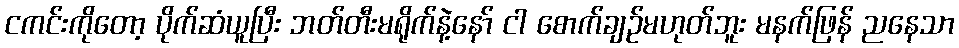
ငကင်းကိုတော့ ပိုက်ဆံယူပြီး ဘတ်တီးမရိုက်နဲ့နော် ငါ စောက်ချဉ်မဟုတ်ဘူး မနက်ဖြန် ညနေသာ